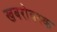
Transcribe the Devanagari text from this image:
खबरोवस्क